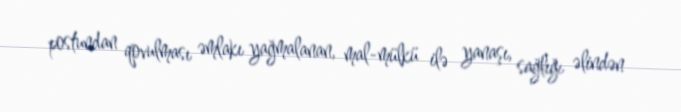
postundan qovulması əmlakı yağmalanan, mal-mülkü ilə yanaşı, sağlığı əlindən